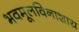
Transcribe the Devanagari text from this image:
भवमूलविनाशाय